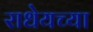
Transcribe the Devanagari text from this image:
राधेयच्या